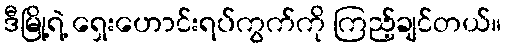
ဒီမြို့ရဲ့ ရှေးဟောင်းရပ်ကွက်ကို ကြည့်ချင်တယ်။